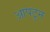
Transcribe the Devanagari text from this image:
आपटुन